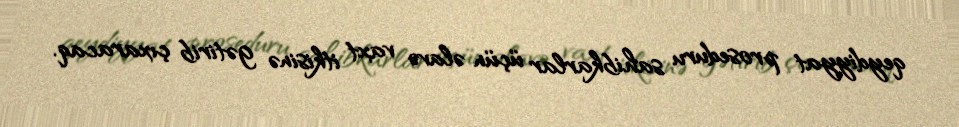
qeydiyyat proseduru sahibkarlar üçün əlavə vaxt itkisinə gətirib çıxaracaq.